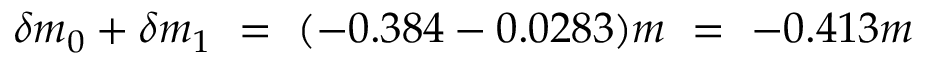
\delta m _ { 0 } + \delta m _ { 1 } ~ = ~ ( - 0 . 3 8 4 - 0 . 0 2 8 3 ) m ~ = ~ - 0 . 4 1 3 m